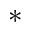
\ast